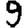
Digit: 9